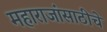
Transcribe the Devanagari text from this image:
महाराजांसाठीचे